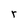
Character: r